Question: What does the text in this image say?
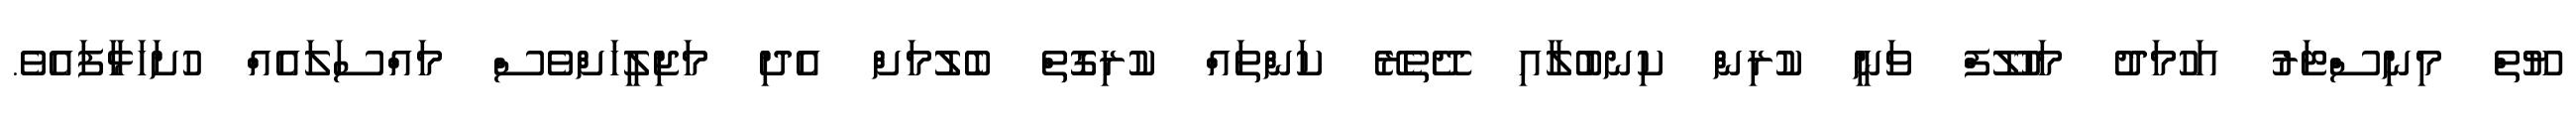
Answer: ޔޫތް މިނިސްޓަރު އަހުމަދު މަހުލޫފް ވަނީ ކުރިން ކިނބުލާއި ދޭތެރޭ ކަންތައް ކުރިގޮތް ބެލުމަށް އެދި މަޖިލީހަށްވެސް މައްސަލައެއް ހުށަހަޅާފައެވެ.